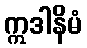
ဣဒါနိမံ